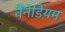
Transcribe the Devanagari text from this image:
वैंनेडियम